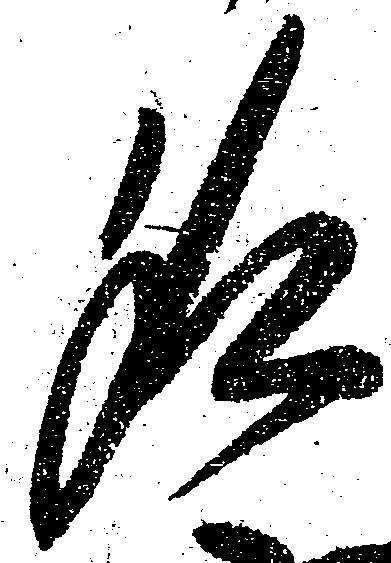
名